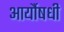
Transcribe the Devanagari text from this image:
आर्यौषधी